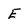
Character: E